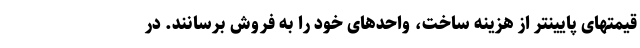
قیمتهای پایینتر از هزینه ساخت، واحدهای خود را به فروش برسانند. در